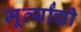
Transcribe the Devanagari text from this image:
मूर्त्यांची